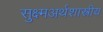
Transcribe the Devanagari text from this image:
सुक्ष्मअर्थशास्त्रीय